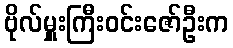
ဗိုလ်မှူးကြီးဝင်းဇော်ဦးက